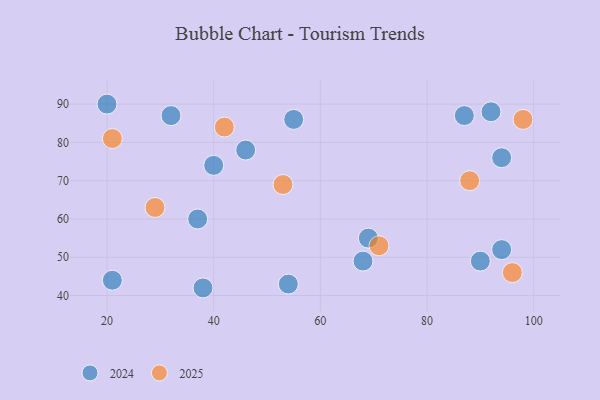
{"axis": {"x": "GDP", "y": "Life Expectancy"}, "legend": ["2024", "2025"], "data": [{"x": "96", "y": 46, "type": "2025"}, {"x": "98", "y": 86, "type": "2025"}, {"x": "42", "y": 84, "type": "2025"}, {"x": "53", "y": 69, "type": "2025"}, {"x": "71", "y": 53, "type": "2025"}, {"x": "29", "y": 63, "type": "2025"}, {"x": "88", "y": 70, "type": "2025"}, {"x": "21", "y": 81, "type": "2025"}, {"x": "32", "y": 87, "type": "2024"}, {"x": "40", "y": 74, "type": "2024"}, {"x": "46", "y": 78, "type": "2024"}, {"x": "38", "y": 42, "type": "2024"}, {"x": "21", "y": 44, "type": "2024"}, {"x": "92", "y": 88, "type": "2024"}, {"x": "94", "y": 76, "type": "2024"}, {"x": "68", "y": 49, "type": "2024"}, {"x": "87", "y": 87, "type": "2024"}, {"x": "20", "y": 90, "type": "2024"}, {"x": "94", "y": 52, "type": "2024"}, {"x": "37", "y": 60, "type": "2024"}, {"x": "90", "y": 49, "type": "2024"}, {"x": "55", "y": 86, "type": "2024"}, {"x": "69", "y": 55, "type": "2024"}, {"x": "54", "y": 43, "type": "2024"}]}